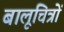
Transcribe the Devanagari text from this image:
बालूचित्रों